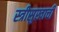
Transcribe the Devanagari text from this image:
स्त्रीसुखाची